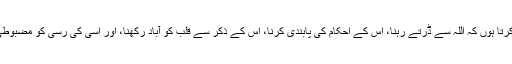
میں تمہیں وصیّت کرتا ہوں کہ اللہ سے ڈرتے رہنا، اس کے احکام کی پابندی کرنا، اس کے ذکر سے قلب کو آباد رکھنا، اور اسی کی رسی کو مضبوطی سے تھامے رہنا۔